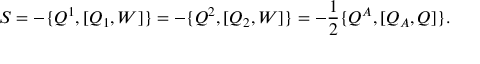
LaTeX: S = - \{ Q ^ { 1 } , [ Q _ { 1 } , W ] \} = - \{ Q ^ { 2 } , [ Q _ { 2 } , W ] \} = - \frac { 1 } { 2 } \{ Q ^ { A } , [ Q _ { A } , Q ] \} .